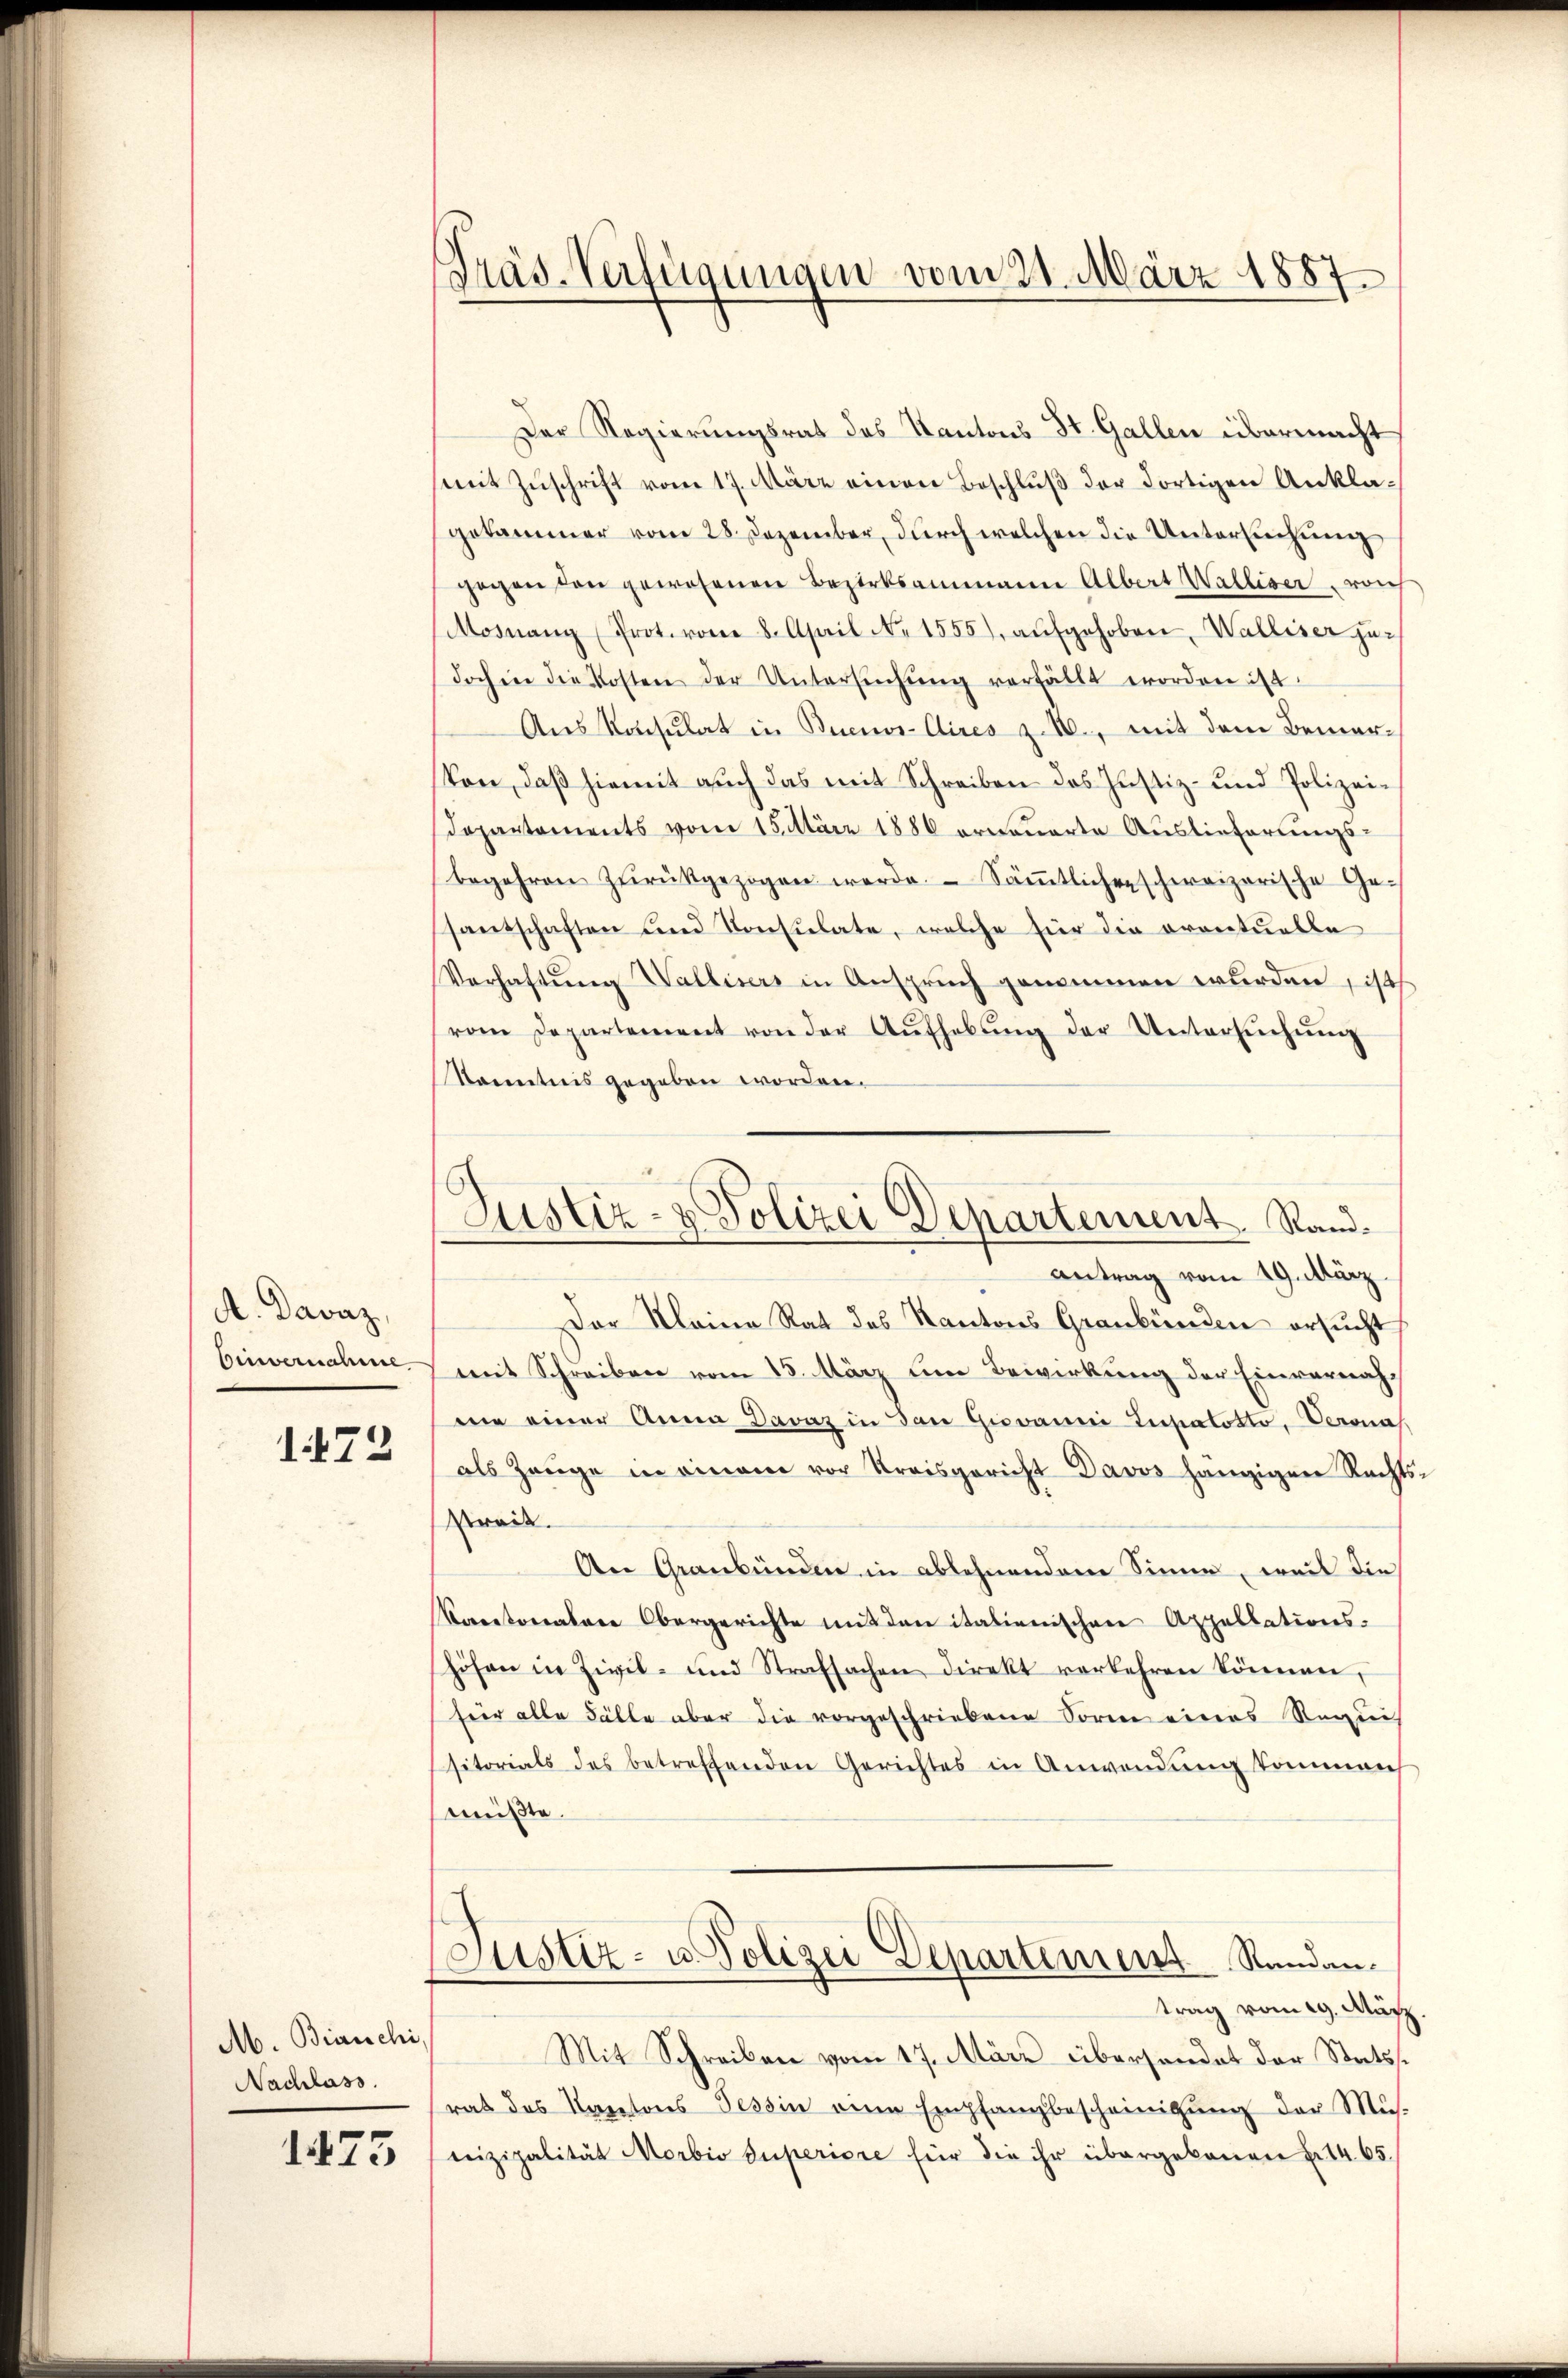
A. Davaz,
Einvernahme
172

M. Bianchi,
Nachlass

1473

Präs-Verfügungen vom 21. März 1887

Justiz- & Polizei Departement. Rand.

Der Regierungsrat des Kantons St. Gallen übermacht
(mit Zuschrift vom 17. März einen Beschluß der dortigen Anklagekammer vom 28. Dezember, durch welchen die Untersuchung
gegen den gewesenen Bezirksammann Albert Walliser, von
Mosnang (Prot. vom 8. April No 1555), aŭfgehoben. Walliser ju-
doch in die Kosten der Untersŭchŭng verfällt worden ist.
Aus Konsulat in Buenos-Aires z. B., mit dem Bemerkon, daß hiemit auch das mit Schreiben das Justiz- und Polizei¬
Departements vom 15. März 1886 erneuerte Auslieferungsbegehren zŭrückgezogen werde. Säṁtlichen schweizerische Ge-
santschaften und Konsulate, welche für die orontuelle
Verhaftung Wallisers in Anspruch genommen wurden, ist
vom Departement von der Aŭfhebŭng der Untersŭchŭng
kanntnis gegeben worden.
Antrag vom 19. März.
Der Kleine Rat des Kantons Graubünden ersucht
mit Schreiben vom 15. März um Bewirkung der Einvernahme einer Anna Davaz in dan Giovanni Lupatotto, Verona
als Zeuge in einem vor Kreisgericht Davos hängigen Rechts
Streit.
An Graubünden in ablehnendem Sinne, weil die
Kantonalen Obergerichte mit den italienischen Appellationshöhen in Zivil- und Strafsachen direkt verkehren können,
fier alle Fälle aber die vorgeschriebene Sorme eines Requi
sitorials des betreffenden Gerichtes in Anwendŭng kommen
mmüßte.
Justiz- u. Polizei Departement Randen.
trag vom 29. März
Mit Schreiben vom 17. März übersendet der Statsrat des Kaptons Tessin eine Empfangbescheinigŭng der Mŭs-
leizipalität Morbio Superiore für die ihr übergebenen u. 1465.